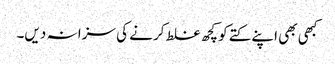
کبھی بھی اپنے کتے کو کچھ غلط کرنے کی سزا نہ دیں۔